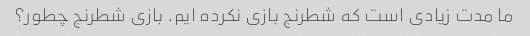
ما مدت زیادی است که شطرنج بازی نکرده ایم. بازی شطرنج چطور؟